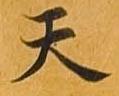
天